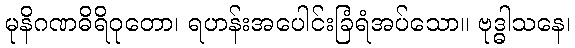
မုနိဂဏဓိရိဝုတော၊ ရဟန်းအပေါင်းခြံရံအပ်သော။ ဗုဒ္ဓါသနေ၊